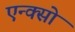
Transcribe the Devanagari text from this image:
एन्क्सो